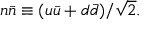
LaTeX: n \bar { n } \equiv ( u \bar { u } + d \bar { d } ) / \sqrt { 2 } .